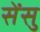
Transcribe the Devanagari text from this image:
सेंसु